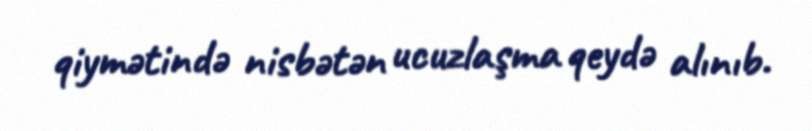
qiymətində nisbətən ucuzlaşma qeydə alınıb.